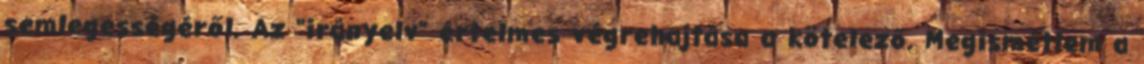
semlegességéről. Az "irányelv" értelmes végrehajtása a kötelező. Megismétlem a